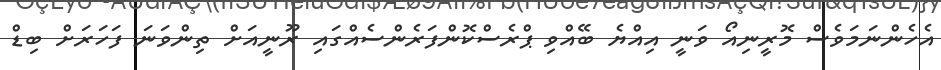
އެހެންނަމަވެސް މޮރީނިއޯ ވަނީ އިއްޔެ ބޭއްވި ޕްރެސްކޮންފަރެންސެއްގައި ރޫނީއަށް ތިންވަނަ ފަހަރަށް ބިޑް